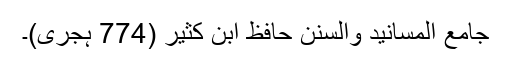
جامع المسانید والسنن حافظ ابن کثیر (774 ہجری)۔